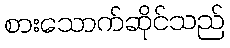
စားသောက်ဆိုင်သည်